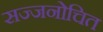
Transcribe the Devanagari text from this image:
सज्जनोचित